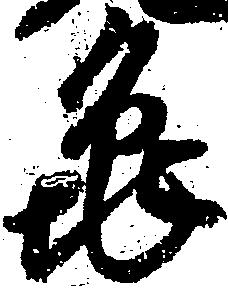
亀